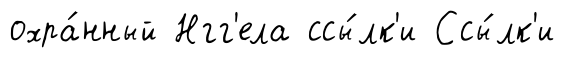
охра́нный Нгг'ела ссы́лк'и Ссы́лк'и